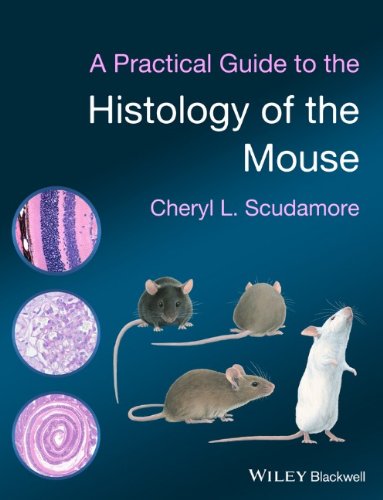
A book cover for A Practical Guide to the Histology of the Mouse; Cheryl L. C. Scudamore; Medical Books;